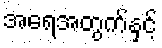
အရေအတွက်နှင့်